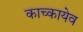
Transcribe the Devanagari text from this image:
काच्कायेव